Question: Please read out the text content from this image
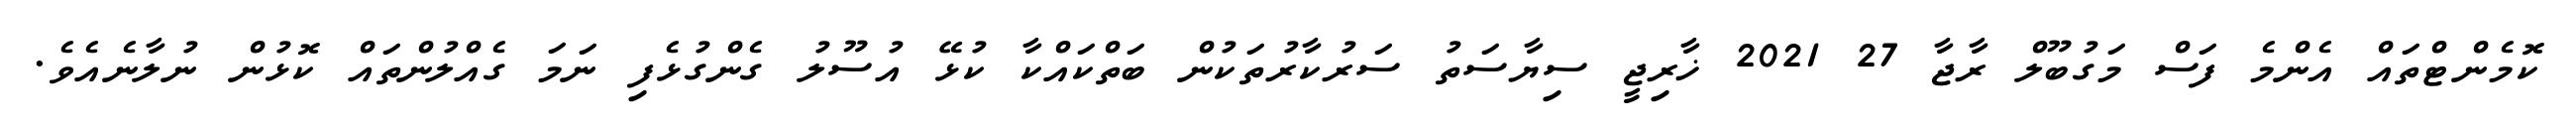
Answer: ކޮމެންޓްތައް އެންމެ ފަސް މަގުބޫލް ރާޖާ 27 2021 ޚާރިޖީ ސިޔާސަތު ސަރުކާރުތަކުން ބަތްކައްކާ ކުޅޭ އުސޫލު ގެންގުޅެފި ނަމަ ގެއްލުންތައް ކޮޅުން ނުލާނެއެވެ.